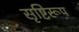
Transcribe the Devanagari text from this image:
सृष्टिरूप